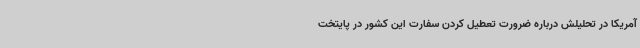
آمریکا در تحلیلش درباره ضرورت تعطیل کردن سفارت این کشور در پایتخت